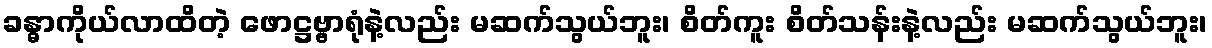
ခန္ဓာကိုယ်လာထိတဲ့ ဖောဋ္ဌဗ္ဗာရုံနဲ့လည်း မဆက်သွယ်ဘူး၊ စိတ်ကူး စိတ်သန်းနဲ့လည်း မဆက်သွယ်ဘူး၊